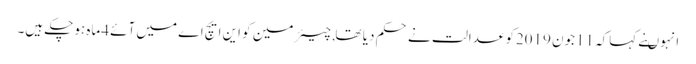
انہوںنے کہاکہ 11جون 2019کو عدالت نے حکم دیا تھا , چیئرمین کو این ایچ اے میں آئے 4ماہ ہوچکے ہیں۔